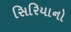
સિરિયાનો